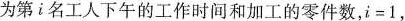
为第i名工人下午的工作时间和加工的零件数，i=1，